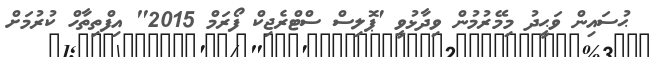
ޙުސައިން ވަޙީދު މިމޭރުމުން ވިދާޅުވީ 'ޕޮލިސް ސްޓްރެޖިކް ފޯރަމް 2015" އިފްތިތާހް ކުރުމަށް